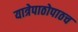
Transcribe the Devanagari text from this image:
यात्रेपाठोपाठच